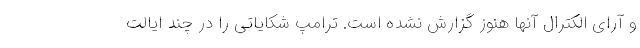
و آرای الکترال آنها هنوز گزارش نشده است. ترامپ شکایاتی را در چند ایالت